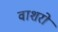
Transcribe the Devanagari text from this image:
वाशरों